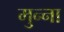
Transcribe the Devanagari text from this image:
मुन्‍ना